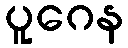
ပူဂေန